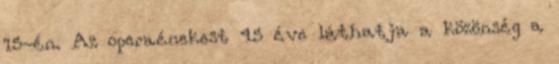
15-én. Az operaénekest 45 éve láthatja a közönség a